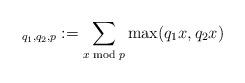
LaTeX: \begin{align*}_{q_1,q_2,p}:=\sum_{x \bmod p}\max(q_1 x,q_2 x)\end{align*}